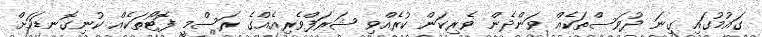
ގައުމުގައި ގިނަ ދުވަސްތަކެއް ވަންދެން ވެރިކަން ކުރެއްވި ޝަރަފްވެރިއެއްގެ ރަސްމީ ފޮޓޯތަކެއް ކުނިގޮނޑަކަށް